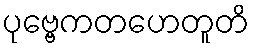
ပုဗ္ဗေကတဟေတူတိ